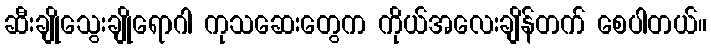
ဆီးချိုသွေးချိုရောဂါ ကုသဆေးတွေက ကိုယ်အလေးချိန်တက် စေပါတယ်။